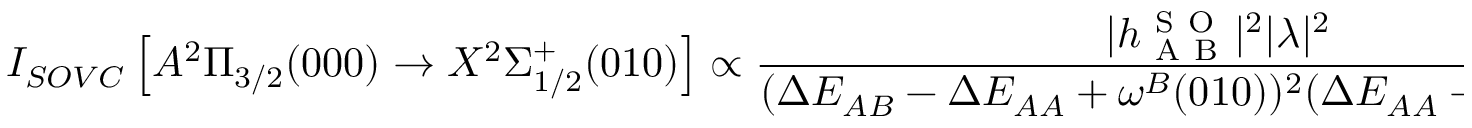
I _ { S O V C } \left[ A ^ { 2 } \Pi _ { 3 / 2 } ( 0 0 0 ) \rightarrow X ^ { 2 } \Sigma _ { 1 / 2 } ^ { + } ( 0 1 0 ) \right] \propto \frac { | h _ { \mathrm { ~ A ~ B ~ } } ^ { \mathrm { ~ S ~ O ~ } } | ^ { 2 } | \lambda | ^ { 2 } } { ( \Delta E _ { A B } - \Delta E _ { A A } + \omega ^ { B } ( 0 1 0 ) ) ^ { 2 } ( \Delta E _ { A A } - \omega ^ { A } ( 0 1 0 ) ) ^ { 2 } } | h _ { \mathrm { ~ A ~ X ~ } } ^ { \mathrm { ~ d ~ i ~ p ~ } } | ^ { 2 } ,